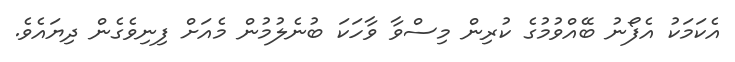
އެކަމަކު އެފޯނު ބޭއްވުމުގެ ކުރިން މިސްވާ ވާހަކަ ބުނެލުމުން މެއަށް ފިނިވެގެން ދިޔައެވެ.